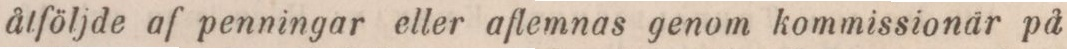
åtföljde af penningar eller aflemnas genom kommissionär på